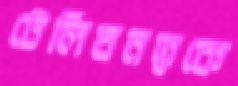
টেলিঘনত্বকে